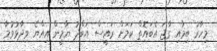
މިހާރު ބިމާއި ގާޖަ އެބައޮތް ކަމަށް ރައީސް އަބްދު ޔާމީން އިއްޔެ ވިދާޅުވުމާ